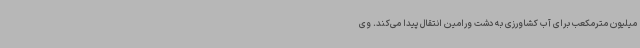
میلیون مترمکعب برای آب کشاورزی به دشت ورامین انتقال پیدا می‌کند. وی